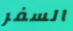
السفر